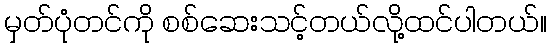
မှတ်ပုံတင်ကို စစ်ဆေးသင့်တယ်လို့ထင်ပါတယ်။